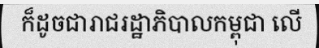
ក៏ដូចជារាជរដ្ឋាភិបាលកម្ពុជា លើ